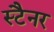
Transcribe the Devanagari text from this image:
स्टैनर